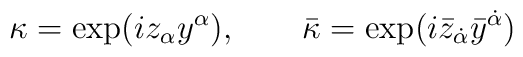
\kappa =\exp (iz_\alpha y^\alpha ),\qquad \bar{\kappa} =\exp (i\bar{z}_{\dot{\alpha}}\bar{y}^{\dot{\alpha}})